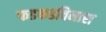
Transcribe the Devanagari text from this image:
फडफडविनारा